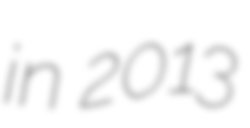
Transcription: in 2013